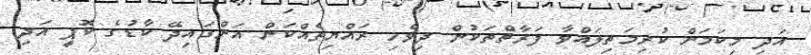
އަދި މިކަމަށް ކުރިމަތިލައްވާ ފަރާތްތަކުން ދިވެހި ރައްޔިތެއްކަން އަންގައިދޭ ކާޑުގެ ކޮޕީ އަދި